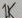
Text: 1K